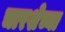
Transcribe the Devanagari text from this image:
चारशेच्या